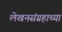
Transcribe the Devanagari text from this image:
लेखनसंग्रहाच्या